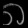
Digit: ၈